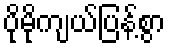
ပိုမိုကျယ်ပြန့်စွာ